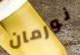
نورمان